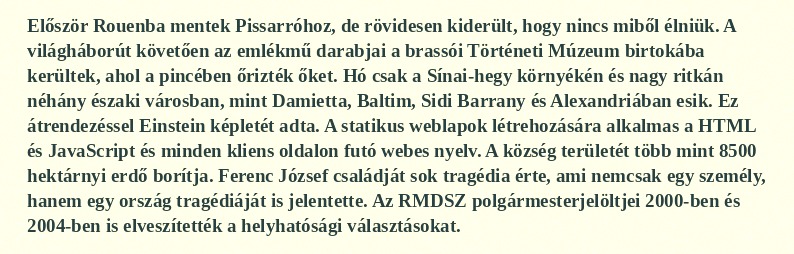
Először Rouenba mentek Pissarróhoz, de rövidesen kiderült, hogy nincs miből élniük. A világháborút követően az emlékmű darabjai a brassói Történeti Múzeum birtokába kerültek, ahol a pincében őrizték őket. Hó csak a Sínai-hegy környékén és nagy ritkán néhány északi városban, mint Damietta, Baltim, Sidi Barrany és Alexandriában esik. Ez átrendezéssel Einstein képletét adta. A statikus weblapok létrehozására alkalmas a HTML és JavaScript és minden kliens oldalon futó webes nyelv. A község területét több mint 8500 hektárnyi erdő borítja. Ferenc József családját sok tragédia érte, ami nemcsak egy személy, hanem egy ország tragédiáját is jelentette. Az RMDSZ polgármesterjelöltjei 2000-ben és 2004-ben is elveszítették a helyhatósági választásokat.